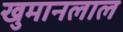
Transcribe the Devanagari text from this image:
खुमानलाल